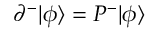
\partial ^ { - } | \phi \rangle = P ^ { - } | \phi \rangle